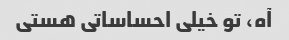
آه، تو خیلی احساساتی هستی